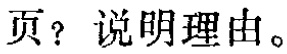
页？说明理由。